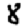
Digit: 8